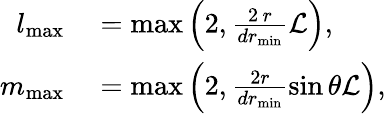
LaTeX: \begin{array}{rl}{l_{\mathrm{max}}}&{{}=\operatorname*{max}\left(2,\frac{2\, r}{dr_{\mathrm{min}}}{\cal L}\right),}\\ {m_{\mathrm{max}}}&{{}=\operatorname*{max}\left(2,\frac{2r}{dr_{\mathrm{min}}}\sin{\theta}{\cal L}\right),}\end{array}